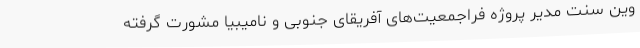
وین سنت مدیر پروژه فراجمعیت‌های آفریقای جنوبی و نامیبیا مشورت گرفته